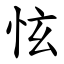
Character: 怰